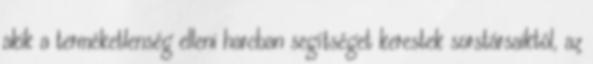
akik a terméketlenség elleni harcban segítséget kerestek sorstársaiktól, az